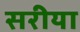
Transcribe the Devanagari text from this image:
सरीया